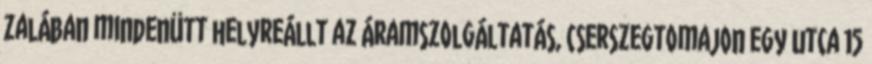
Zalában mindenütt helyreállt az áramszolgáltatás, Cserszegtomajon egy utca 15